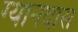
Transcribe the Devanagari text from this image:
ग्यानदास